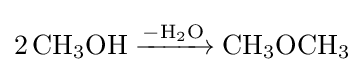
{2\,\mathrm {CH} {\vphantom {A}}_{\smash[{t}]{3}}\mathrm {OH} {}\mathrel {\xrightarrow {{\overset {}{-}}\mathrm {H} {\vphantom {A}}_{\smash[{t}]{2}}\mathrm {O} } } {}\mathrm {CH} {\vphantom {A}}_{\smash[{t}]{3}}\mathrm {OCH} {\vphantom {A}}_{\smash[{t}]{3}}}